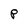
Character: P